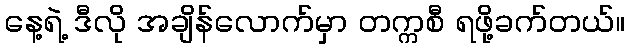
နေ့ရဲ့ ဒီလို အချိန်လောက်မှာ တက္ကစီ ရဖို့ခက်တယ်။